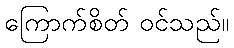
ကြောက်စိတ် ဝင်သည်။